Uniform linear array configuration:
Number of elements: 4
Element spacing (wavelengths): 1
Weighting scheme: binomial
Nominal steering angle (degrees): -45
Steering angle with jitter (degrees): -43.97
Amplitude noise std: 0.05
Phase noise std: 0.05

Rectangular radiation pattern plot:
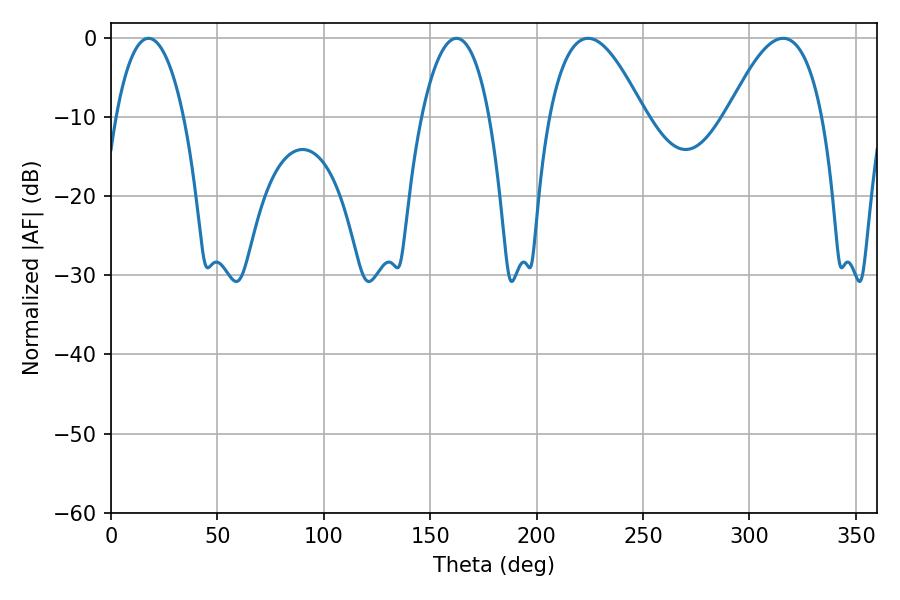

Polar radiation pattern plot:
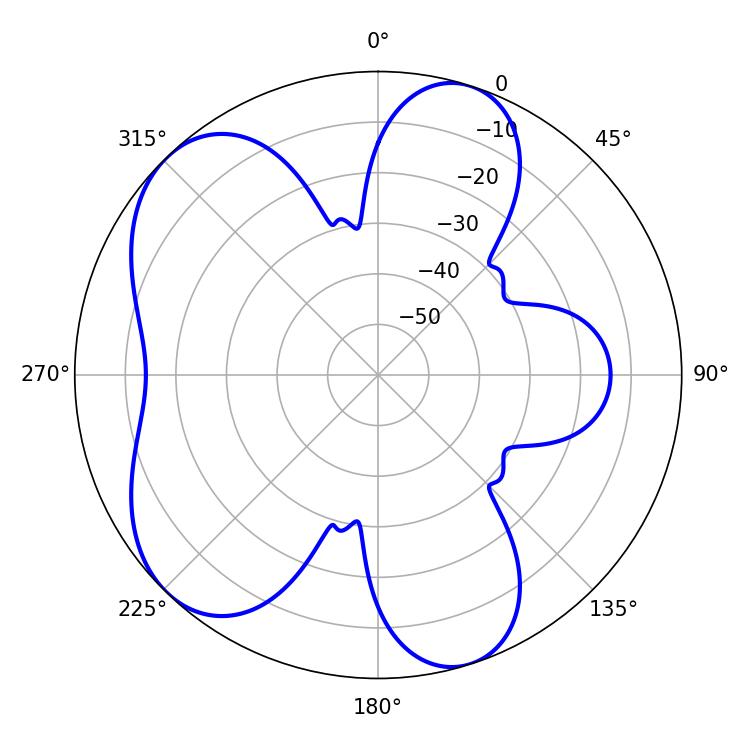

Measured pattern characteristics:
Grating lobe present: TRUE
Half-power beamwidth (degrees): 17.82
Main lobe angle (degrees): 162.36